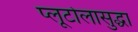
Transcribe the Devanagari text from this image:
प्लूटोलासुद्धा